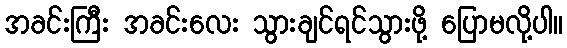
အခင်းကြီး အခင်းလေး သွားချင်ရင်သွားဖို့ ပြောမလို့ပါ။